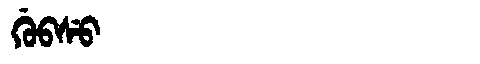
Manchu: ᡤᡠᠪᠰᡠ
Romanization: GUBSU